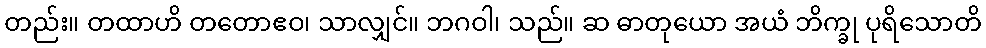
တည်း။ တထာဟိ တတောဧဝ၊ သာလျှင်။ ဘဂဝါ၊ သည်။ ဆ ဓာတုယော အယံ ဘိက္ခု ပုရိသောတိ